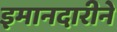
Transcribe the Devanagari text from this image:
इमानदारीने